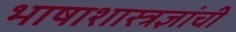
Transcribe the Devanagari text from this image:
भाषाशास्त्रज्ञांची